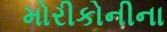
મોરીકોનીના